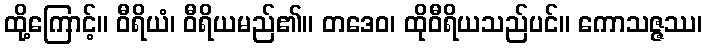
ထို့ကြောင့်။ ဝီရိယံ၊ ဝီရိယမည်၏။ တဒေဝ၊ ထိုဝီရိယသည်ပင်။ ကောသဇ္ဇဿ၊